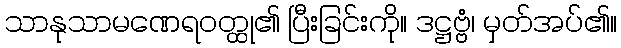
သာနုသာမဏေရဝတ္ထု၏ ပြီးခြင်းကို။ ဒဋ္ဌဗ္ဗံ၊ မှတ်အပ်၏။